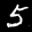
Label: 5